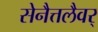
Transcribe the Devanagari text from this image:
सेनैत्तलैवर्